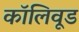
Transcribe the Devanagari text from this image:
कॉलिवूड